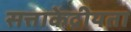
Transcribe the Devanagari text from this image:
सत्ताकेंद्रीयता